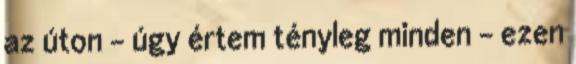
az úton - úgy értem tényleg minden - ezen